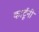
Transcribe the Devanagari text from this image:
कार्टूनी